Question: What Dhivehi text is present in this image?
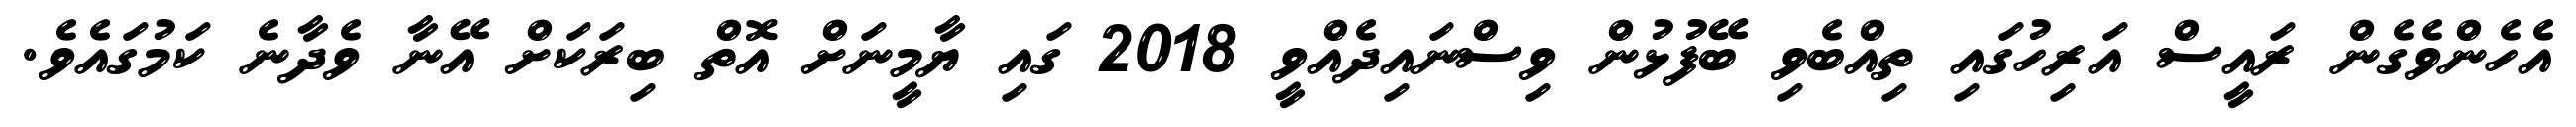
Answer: އެހެންވެގެން ރައީސް އަރިހުގައި ތިއްބެވި ބޭފުޅުން ވިސްނައިދެއްވީ 2018 ގައި ޔާމީނަށް އޮތް ބިރަކަށް އޭނާ ވެދާނެ ކަމުގައެވެ.